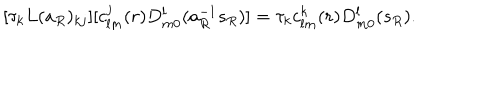
LaTeX: [ \tau _ { k } L ( a _ { R } ) _ { k j } ] [ c _ { l m } ^ { j } ( r ) D _ { m 0 } ^ { l } ( a _ { R } ^ { - 1 } s _ { R } ) ] = \tau _ { k } c _ { l m } ^ { k } ( r ) D _ { m 0 } ^ { l } ( s _ { R } ) .